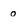
Character: 0